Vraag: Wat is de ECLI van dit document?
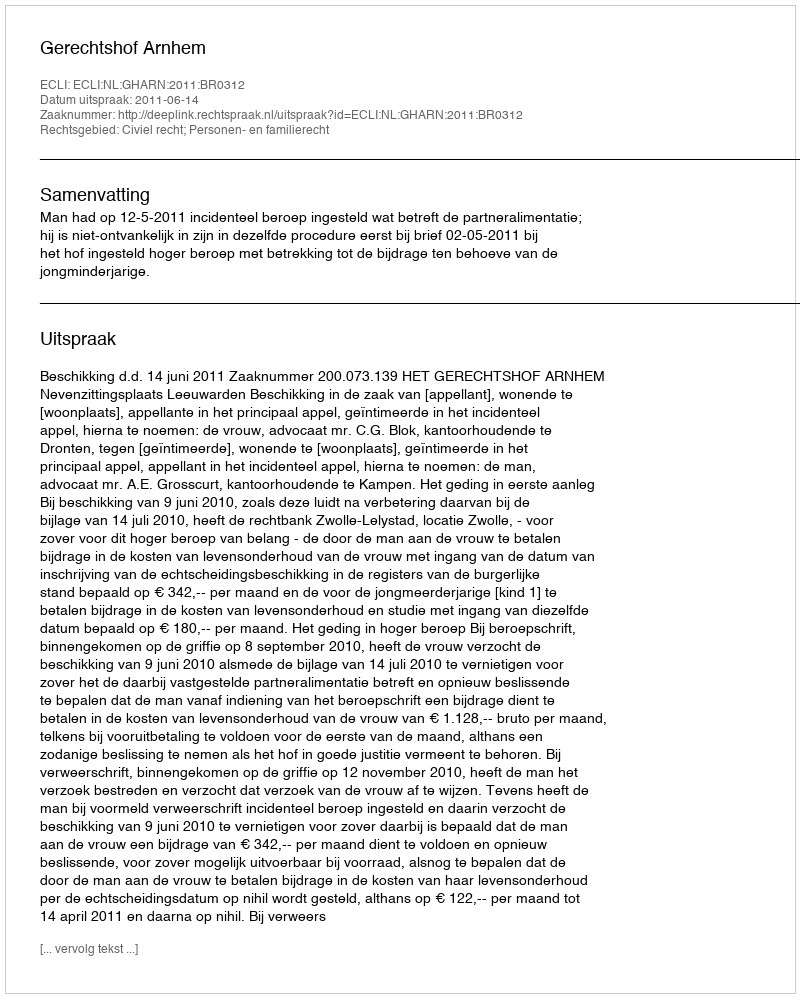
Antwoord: ECLI:NL:GHARN:2011:BR0312